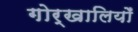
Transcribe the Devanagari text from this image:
गोर्खालियोँ